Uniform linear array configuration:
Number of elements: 12
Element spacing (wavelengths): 1
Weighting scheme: kaiser
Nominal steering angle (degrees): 15
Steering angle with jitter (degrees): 14.638
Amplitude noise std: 0.05
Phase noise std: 0.05

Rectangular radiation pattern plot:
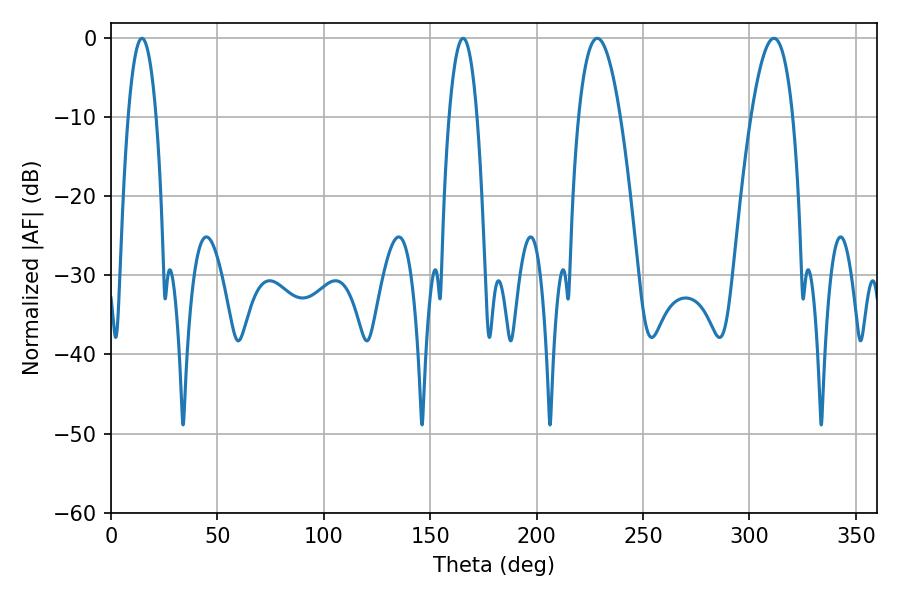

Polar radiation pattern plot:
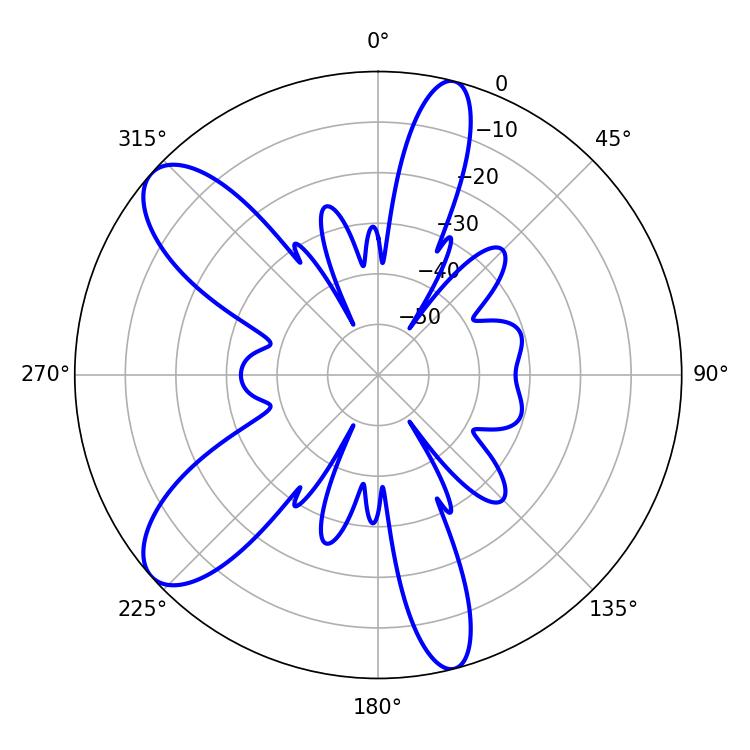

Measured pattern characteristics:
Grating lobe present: TRUE
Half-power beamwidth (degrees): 7.2
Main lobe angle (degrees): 165.42